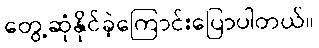
တွေ့ဆုံနိုင်ခဲ့ကြောင်းပြောပါတယ်။